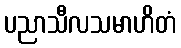
ပညာသီလသမာဟိတံ